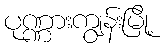
ပုဏ္ဏားကျွန်းမြို့